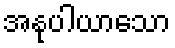
အနုပါယာသော